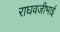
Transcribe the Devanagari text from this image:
राघवजीभाई